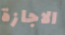
الاجازة